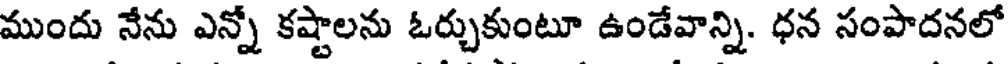
ముందు నేను ఎన్నో కష్టాలను ఓర్చుకుంటూ ఉండేవాన్ని. ధన సంపాదనలో